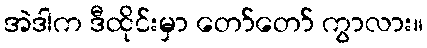
အဲဒါက ဒီထိုင်းမှာ တော်တော် ကွာလား။